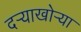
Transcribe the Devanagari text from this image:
दर्‍याखोर्‍या